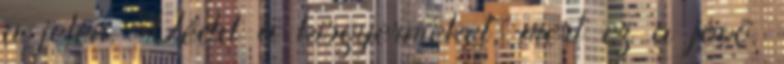
a jelen. Védd a kisgyermeket, mert ez a jövõ.